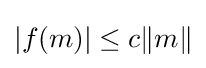
|f(m)|\leq c\|m\|